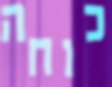
כוחה